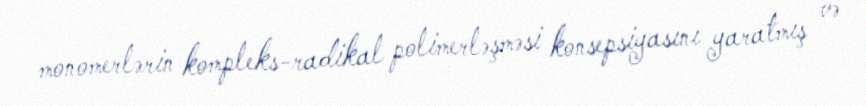
monomerlərin kompleks-radikal polimerləşməsi konsepsiyasını yaratmış və